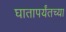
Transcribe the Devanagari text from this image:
घातापर्यंतच्या